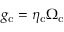
g _ { \mathrm { c } } = \eta _ { \mathrm { c } } \Omega _ { \mathrm { c } }